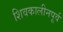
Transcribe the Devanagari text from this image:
शिवकालीनपूर्व